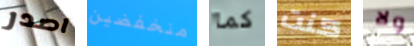
اصدر منخفضين كما كنت ولا